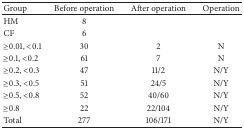
| Group | Before operation | After operation | Operation |
 | --- | --- | --- | --- |
 | HM | 8 |  |  |
 | CF | 6 |  |  |
 | ≥0.01, <0.1 | 30 | 2 | N |
 | ≥0.1, <0.2 | 61 | 7 | N |
 | ≥0.2, <0.3 | 47 | 11/2 | N/Y |
 | ≥0.3, <0.5 | 51 | 24/5 | N/Y |
 | ≥0.5, <0.8 | 52 | 40/60 | N/Y |
 | ≥0.8 | 22 | 22/104 | N/Y |
 | Total | 277 | 106/171 | N/Y |